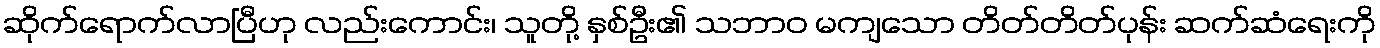
ဆိုက်ရောက်လာပြီဟု လည်းကောင်း၊ သူတို့ နှစ်ဦး၏ သဘာဝ မကျသော တိတ်တိတ်ပုန်း ဆက်ဆံရေးကို